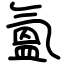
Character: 氳